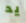
يد